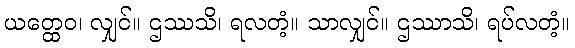
ယတ္ထေဝ၊ လျှင်။ ဌဿသိ၊ ရလတံ့။ သာလျှင်။ ဌဿာသိ၊ ရပ်လတံ့။